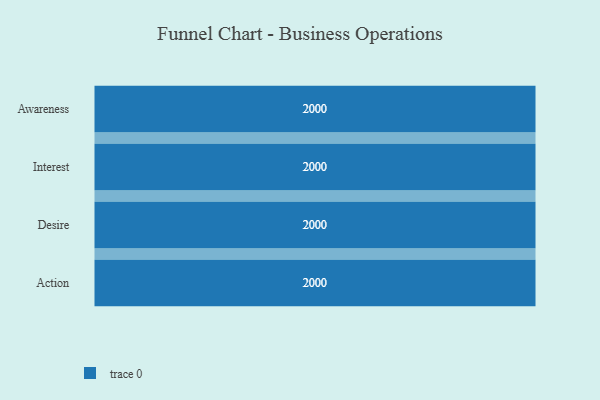
{"axis": {"x": "Stage", "y": "Value"}, "legend": [""], "data": [{"x": "Awareness", "y": 2000, "type": ""}, {"x": "Interest", "y": 2000, "type": ""}, {"x": "Desire", "y": 2000, "type": ""}, {"x": "Action", "y": 2000, "type": ""}]}